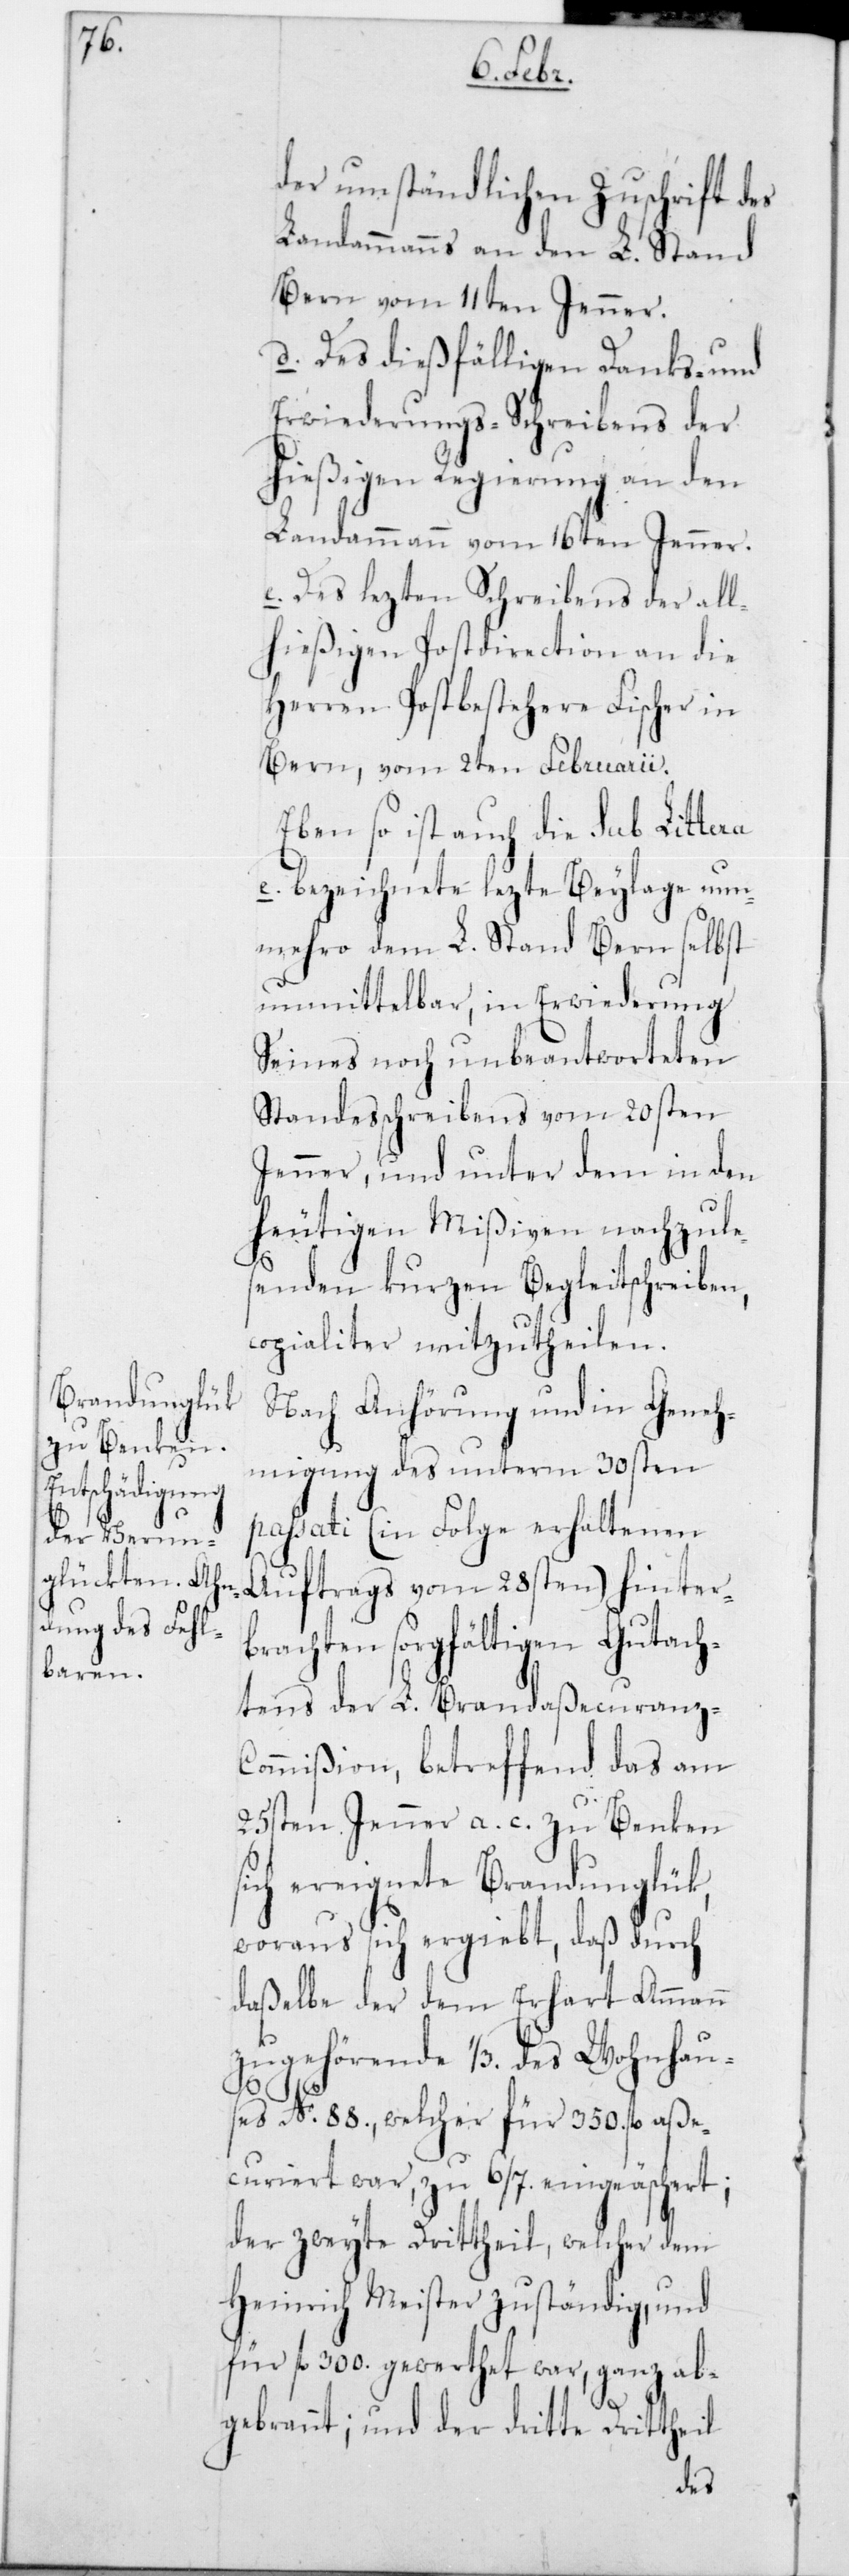
der umständlichen Zuschrift des
Landammanns an den L. Stand
Bern vom 11ten Jenner.
d. Des dießfälligen Danks- und
Erwiederungs-Schreibens der
hießigen Regierung an den
Landammann vom 16ten Jenner.
e. Des lezten Schreibens der all¬
hießigen Postdirection an die
Herren Postbestehere Fischer in
Bern, vom 2ten Februarii.
Ebenso ist auch die sub Littera
e. bezeichnete lezte Beylage nun¬
mehro dem L. Stand Bern selbst
unmittelbar, in Erwiederung
Seines noch unbeantworteten
Standesschreibens vom 20sten
Jenner, und unter dem in den
heutigen Mißiven nachzule¬
senden kurzen Begleitschreiben,
copialiter mitzutheilen.
Nach Anhörung und in Geneh¬
migung des unterm 30sten
passati (in Folge erhaltenen
Auftrags vom 28sten) hinterb¬
rachten sorgfältigen Gutach¬
tens der L. Brandaßecuranz-C¬
ommißion, betreffend das am
25sten Jenner a. c. zu Benken
ereignete Brandunglük,
woraus sich ergiebt, daß durch
daßelbe der dem Erhart Ammann
zugehörende 1/3 des Wohnhau¬
ses No 88, welcher für 350 fl. aße¬
curiert war, zu 6/7 eingeäschert;
der zweyte Drittheil, welcher dem
Heinrich Meister zuständig, und
für fl. 300 gewerthet war, ganz ab¬
gebrannt; und der dritte Drittheil